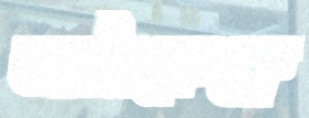
ভাটাকেক্লে